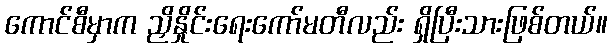
ကောင်စီမှာက ညှိနှိုင်းရေးကော်မတီလည်း ရှိပြီးသားဖြစ်တယ်။